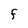
Character: F